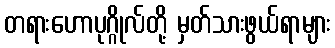
တရားဟောပုဂ္ဂိုလ်တို့ မှတ်သားဖွယ်ရာများ